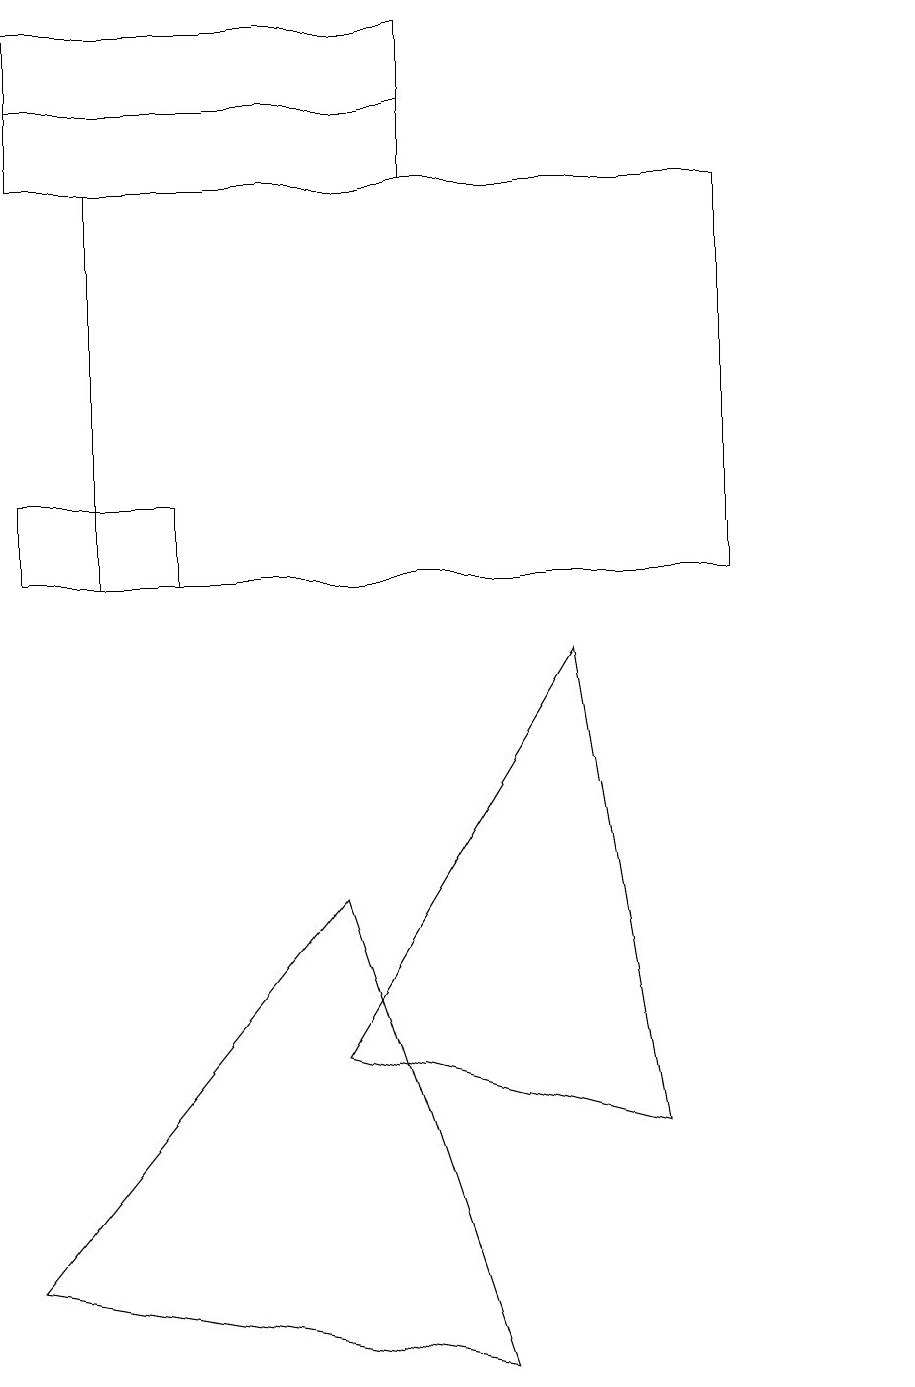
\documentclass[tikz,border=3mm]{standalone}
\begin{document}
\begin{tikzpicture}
\draw (4,4) -- (7,9) -- (8,3) -- cycle;
\draw (5,17) rectangle (0,15);
\draw (11,10) circle (0);
\draw (0,16) rectangle (5,16);
\draw (0,11) rectangle (2,10);
\draw (0,1) -- (4,6) -- (6,0) -- cycle;
\draw (1,15) rectangle (9,10);
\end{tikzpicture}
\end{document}